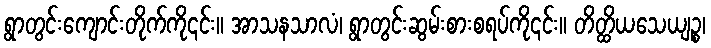
ရွာတွင်းကျောင်းတိုက်ကို၎င်း။ အာသနသာလံ၊ ရွာတွင်းဆွမ်းစားစရပ်ကို၎င်း။ တိတ္ထိယသေယျဉ္စ၊